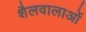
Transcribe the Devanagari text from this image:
शैलवालाओं